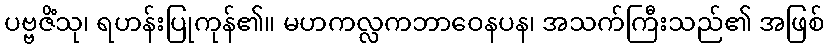
ပဗ္ဗဇိံသု၊ ရဟန်းပြုကုန်၏။ မဟကလ္လကဘာဝေနပန၊ အသက်ကြီးသည်၏ အဖြစ်